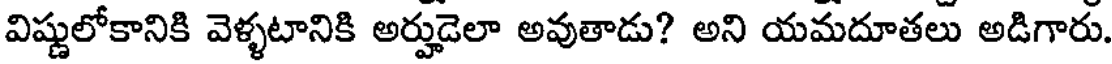
విష్ణులోకానికి వెళ్ళటానికి అర్హుడెలా అవుతాడు? అని యమదూతలు అడిగారు.